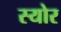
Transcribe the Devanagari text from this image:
स्योर